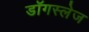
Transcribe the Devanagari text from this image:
डॉगस्लेज